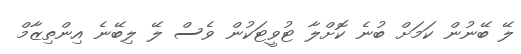
ލޭ ބޭނުން ކަމަށް ބުނެ ކޮށްލާ ޓުވީޓަކުން ވެސް ލޭ ލިބޭނެ އިންތިޒާމް